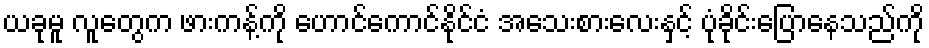
ယခုမူ လူတွေက ဖားကန့်ကို ဟောင်ကောင်နိုင်ငံ အသေးစားလေးနှင့် ပုံခိုင်းပြောနေသည်ကို